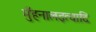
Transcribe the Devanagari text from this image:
मुँहनालइत्यादि